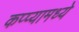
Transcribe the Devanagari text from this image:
कप्प्यामध्ये